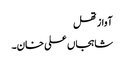
آواز تھل
شاہجاں علی خان۔